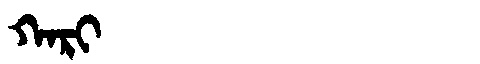
Manchu: ᡴᠠᡵᡳ
Romanization: KARI